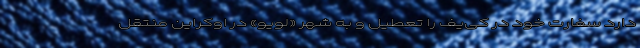
دارد سفارت خود در کی‌یف را تعطیل و به شهر «لویو» در اوکراین منتقل